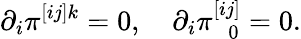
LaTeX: \partial_{i}\pi^{[ij]k}=0,\quad\partial_{i}\pi_{\ \ \ 0}^{[ij]}=0.